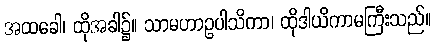
အထခေါ၊ ထိုအခါ၌။ သာမဟာဥပါသိကာ၊ ထိုဒါယိကာမကြီးသည်။